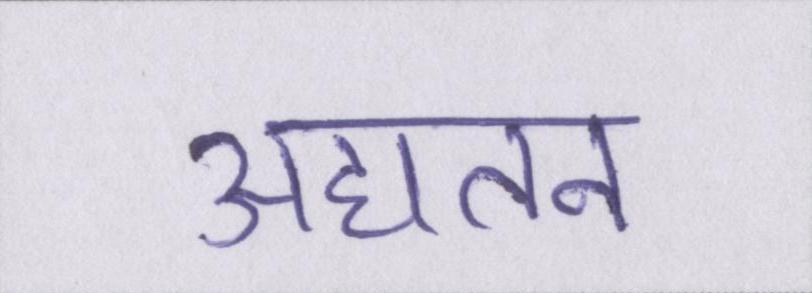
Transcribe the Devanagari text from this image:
अद्यतन